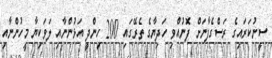
ސީނުކަރައިގެ ރަސްގެފާނަށް ފޮނުއްވި ހަދިޔާގެ ތެރޭގައި 200 ހިންދީ އަޅުންނާއި ލަވަކިޔާ މީހުންނާއި